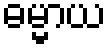
ဓမ္မာယ